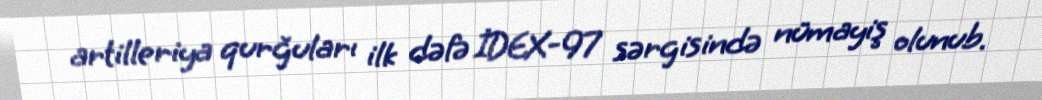
artilleriya qurğuları ilk dəfə İDEX-97 sərgisində nümayiş olunub.